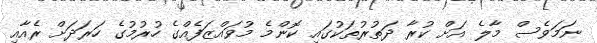
ނަމަވެސް މާލެ އަށް ކުރާ ދަތުރުތަކުގައި ކޮންމެ މުވައްޒަފެއްގެ ހުރުމުގެ ހަރަދަށް ރެއާއި